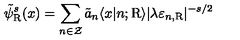
\tilde { \psi } _ { \mathrm { R } } ^ { s } ( x ) = \sum _ { n \in \cal Z } \tilde { a } _ { n } \langle x | n ; \mathrm { R } \rangle | \lambda \varepsilon _ { n , \mathrm { R } } | ^ { - s / 2 }